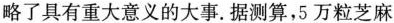
略了具有重大意义的大事.据测算，5万粒芝麻